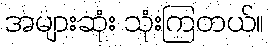
အများဆုံး သုံးကြတယ်။